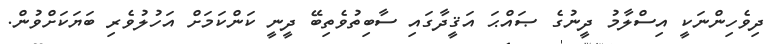
ދިވެހިންނަކީ އިސްލާމު ދީނުގެ ޞައްޙަ އަޤީދާގައި ސާބިތުވެތިބޭ ދީނީ ކަންކަމަށް އަހުލުވެރި ބަޔަކަށްވުން.